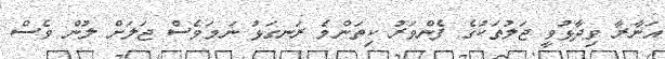
އަނާރާ ވިދާޅުވީ ޖަލުތަކުގެ ފެންވަރު ކިތަންމެ ރަނގަޅު ނަމަވެސް ޖަލަށް ލުން ވެސް